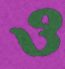
ও